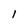
Character: I